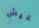
عيش